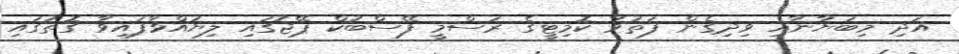
އަދި މިބަޔާނާއި ވިދިގެން ފަތުވާ ކޮމިޓީގެ ރަސްމީ ފޭސްބުކް ޕޭޖުގައި ލިޔުއްވާފައިވާ ގޮތުގައި